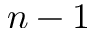
n - 1